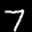
Label: 7